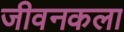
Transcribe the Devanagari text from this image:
जीवनकला